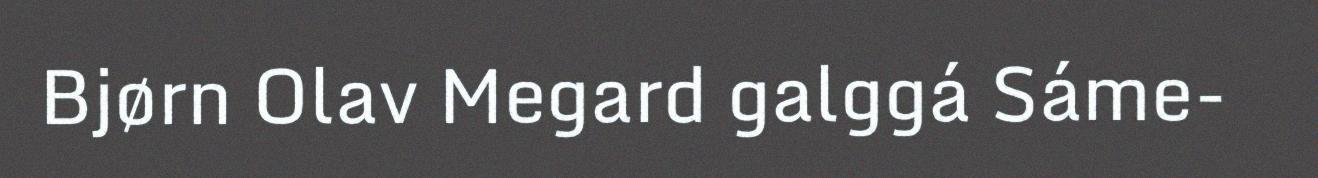
Bjørn Olav Megard galggá Sáme-